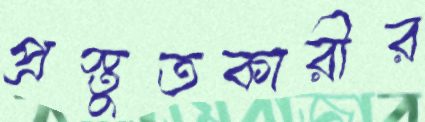
প্রস্তুতকারীর